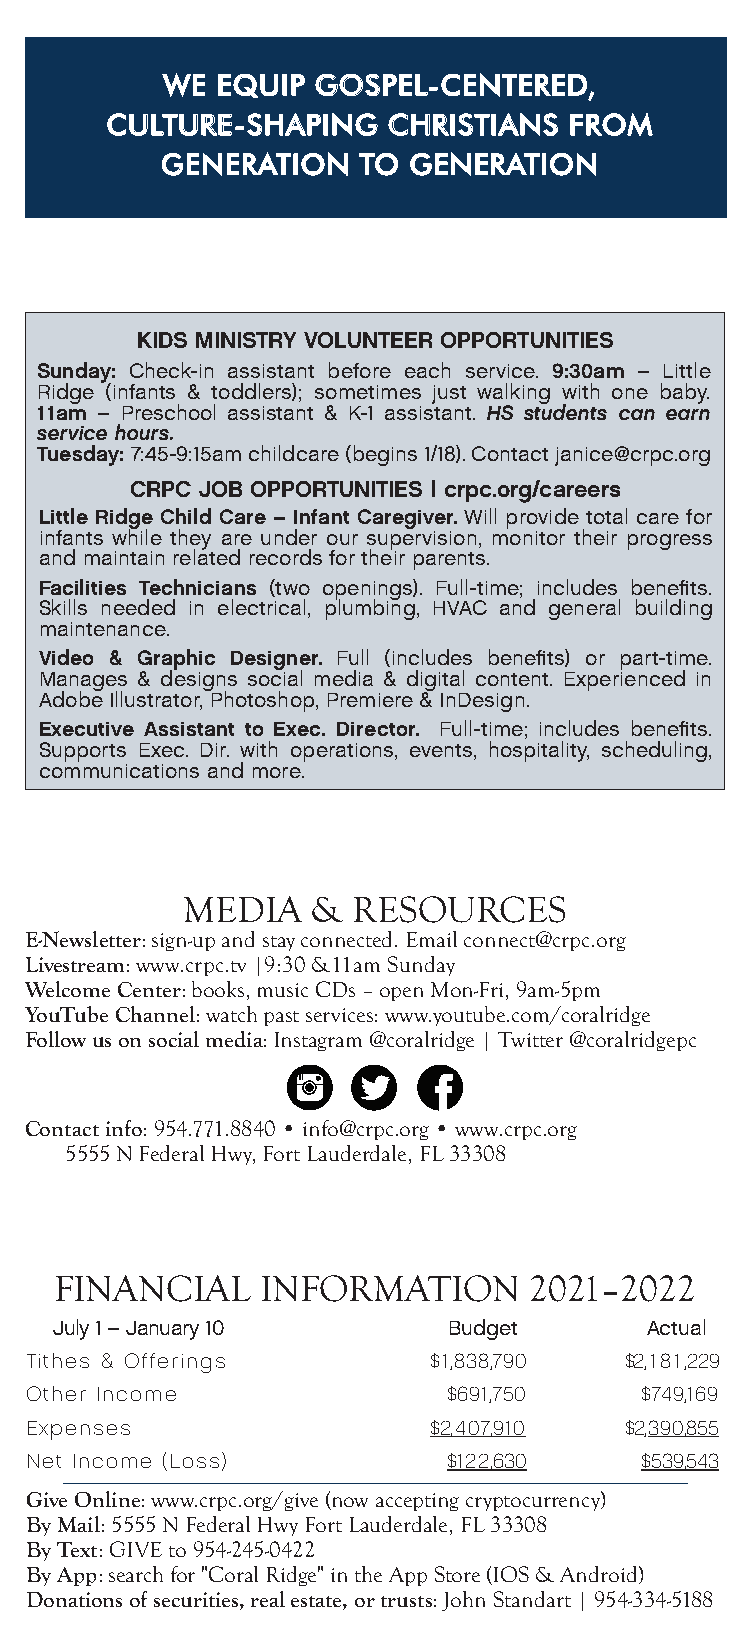
WE EQUIP  GOSPEL-CENTERED,
 CULTURE-SHAPING    CHRISTIANS  FROM
 GENERATION   TO GENERATION
 KIDS MINISTRY VOLUNTEER OPPORTUNITIES
 Sunday: Check-in assistant before each service. 9:30am – Little
 Ridge (infants & toddlers); sometimes just walking with one baby.
 11am – Preschool assistant & K-1 assistant. HS students can earn
 service hours.
 Tuesday: 7:45-9:15am childcare (begins 1/18). Contact janice@crpc.org
 CRPC JOB OPPORTUNITIES | crpc.org/careers
 Little Ridge Child Care – Infant Caregiver. Will provide total care for
 infants while they are under our supervision, monitor their progress
 and maintain related records for their parents.
 Facilities Technicians (two openings). Full-time; includes benefits.
 Skills needed in electrical, plumbing, HVAC and general building
 maintenance.
 Video & Graphic Designer. Full (includes benefits) or part-time.
 Manages & designs social media & digital content. Experienced in
 Adobe Illustrator, Photoshop, Premiere & InDesign.
 Executive Assistant to Exec. Director. Full-time; includes benefits.
 Supports Exec. Dir. with operations, events, hospitality, scheduling,
 communications and more.
 MEDIA    & RESOURCES
 E-Newsletter: sign-up and stay connected. Email connect@crpc.org
 Livestream: www.crpc.tv |9:30 &11am Sunday
 Welcome Center: books, music CDs – open Mon-Fri, 9am-5pm
 YouTube Channel: watch past services: www.youtube.com/coralridge
 Follow us on social media: Instagram @coralridge | Twitter @coralridgepc
 Contact info: 954.771.8840 • info@crpc.org • www.crpc.org
 5555 N Federal Hwy, Fort Lauderdale, FL 33308
 FINANCIAL    INFORMATION       2021–2022
 July 1 – January 10       Budget       Actual
 Tithes & Offerings        $1,838,790(  $2,181,229(
 Other Income                $691,750(   $749,169(
 Expenses                  $2,407,910(  $2,390,855(
 Net Income (Loss)         ($$$122,630)  (($539,543)
 Give Online: www.crpc.org/give (now accepting cryptocurrency)
 By Mail: 5555 N Federal Hwy Fort Lauderdale, FL 33308
 By Text: GIVE to 954-245-0422
 By App: search for "Coral Ridge" in the App Store (IOS & Android)
 Donations of securities, real estate, or trusts: John Standart | 954-334-5188